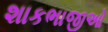
શાકભાજીઓ